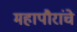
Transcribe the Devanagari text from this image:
महापौरांचे